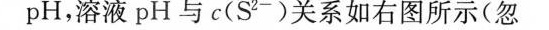
pH，溶液pH与c(S^{2-})关系如右图所示(忽